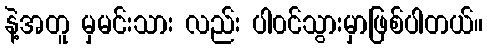
နဲ့အတူ မှမင်းသား လည်း ပါ၀င်သွားမှာဖြစ်ပါတယ်။